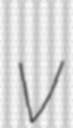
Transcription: v